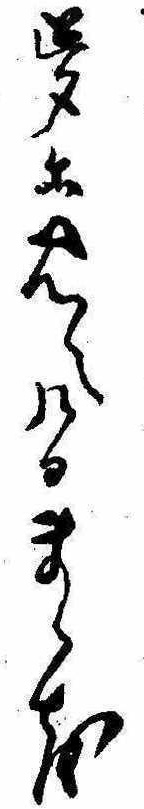
夢に見へけるまゝを